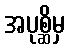
အပုစ္ဆိမှ